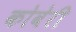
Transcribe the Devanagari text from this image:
कोबेरी